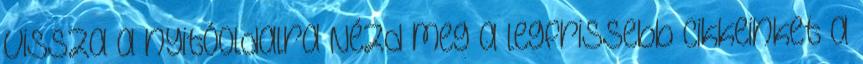
Vissza a nyitóoldalra Nézd meg a legfrissebb cikkeinket a